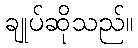
ချုပ်ဆိုသည်။